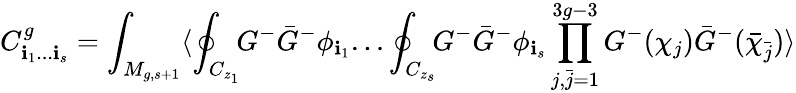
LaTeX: C_{\mathbf{i}_{1}...\mathbf{i}_{s}}^{g}=\int_{M_{g,s+1}}\langle\oint_{C_{z_{1}}}\! \! G^{-}{\bar{{G}}}^{-}\phi_{\mathbf{i}_{1}}...\oint_{C_{z_{s}}}\! \! G^{-}{\bar{{G}}}^{-}\phi_{\mathbf{i}_{s}}\prod_{j,{\bar{{j}}}=1}^{3g-3}G^{-}(\chi_{j}){\bar{{G}}}^{-}({\bar{{\chi}}}_{\bar{{j}}})\rangle